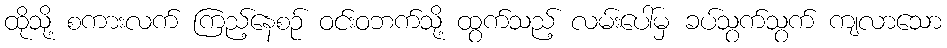
ထိုသို့ စကားလက် ကြည့်နေစဉ် ဝင်းဝဘက်သို့ ထွက်သည့် လမ်းပေါ်မှ ခပ်သွက်သွက် ကျလာသော